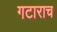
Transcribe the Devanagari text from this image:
गटाराच